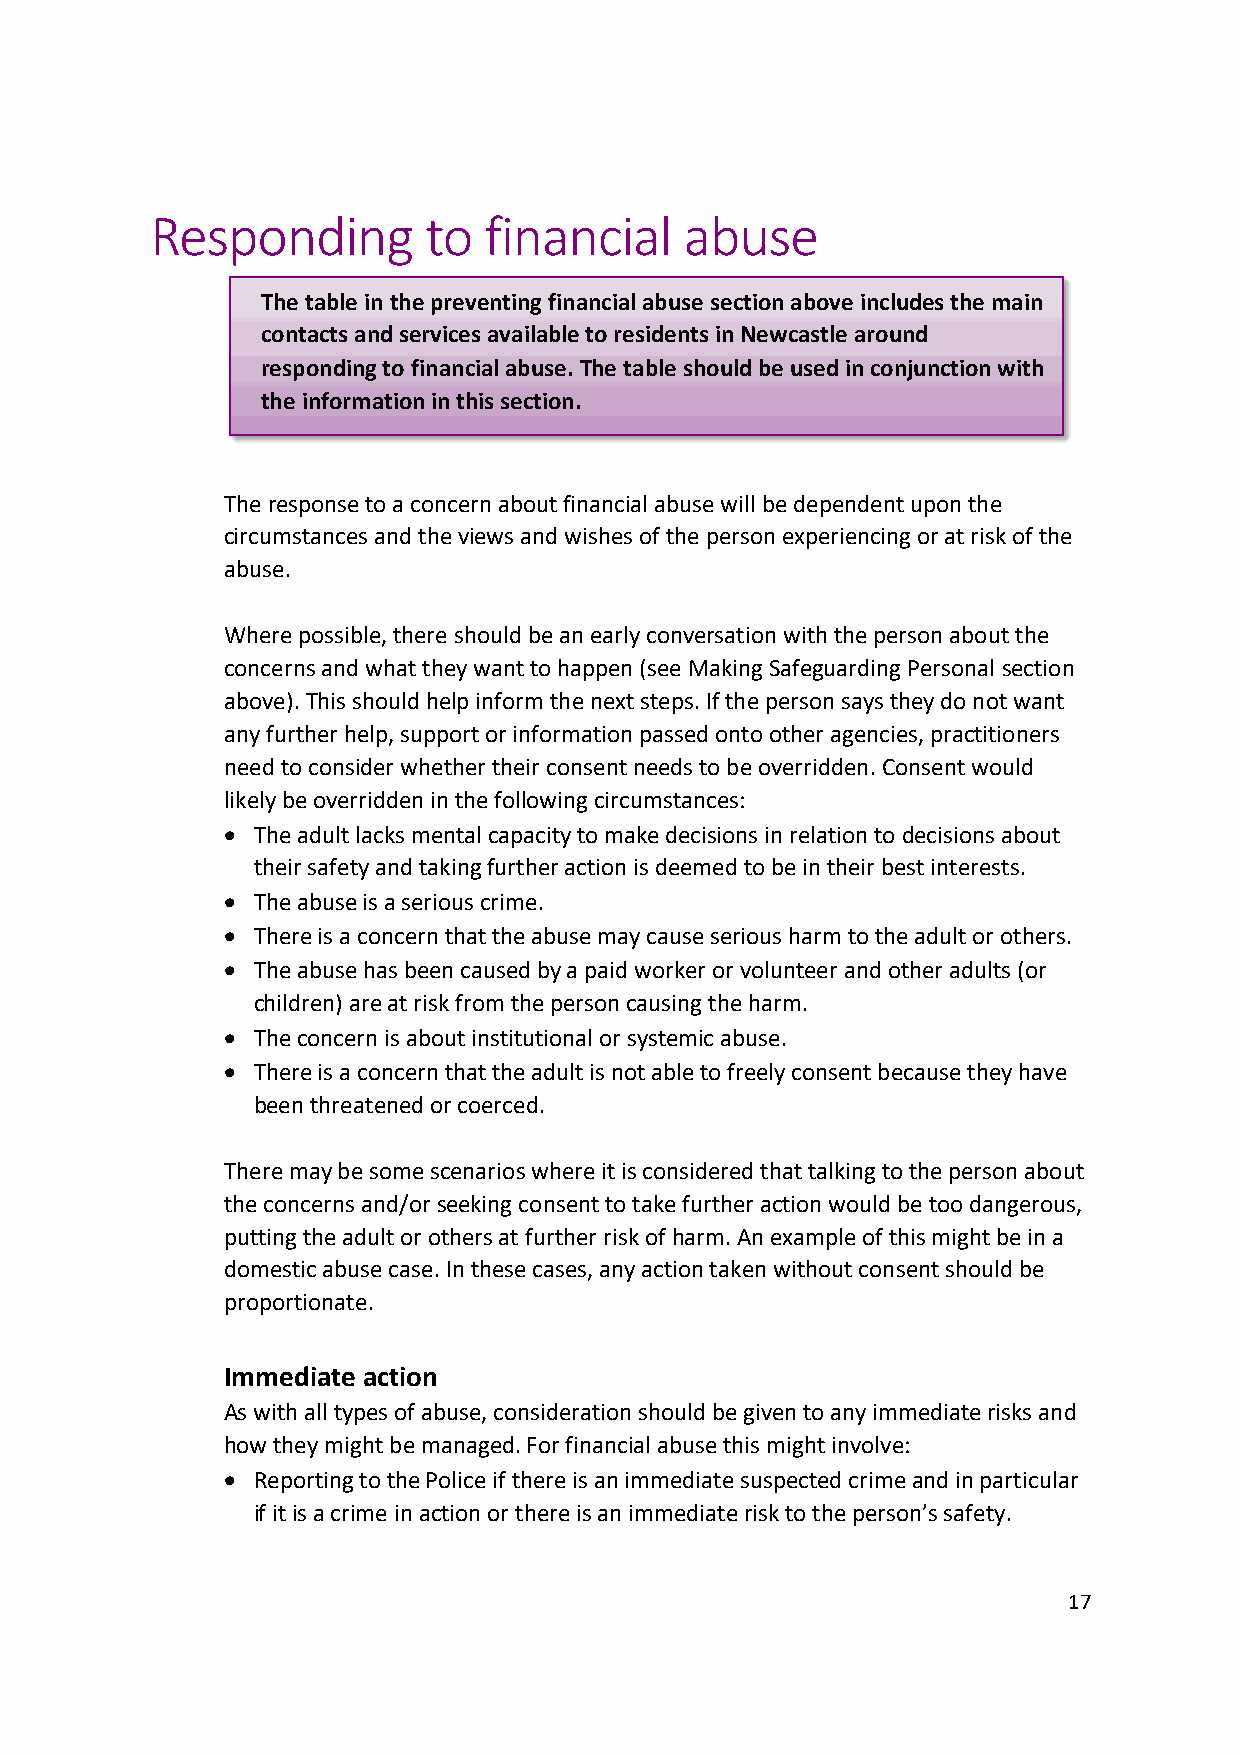
Responding        to  financial    abuse
 The table in the preventing financial abuse section above includes the main
 contacts and services available to residents in Newcastle around
 responding to financial abuse. The table should be used in conjunction with
 the information in this section.
 The response to a concern about financial abuse will be dependent upon the
 circumstances and the views and wishes of the person experiencing or at risk of the
 abuse.
 Where possible, there should be an early conversation with the person about the
 concerns and what they want to happen (see Making Safeguarding Personal section
 above). This should help inform the next steps. If the person says they do not want
 any further help, support or information passed onto other agencies, practitioners
 need to consider whether their consent needs to be overridden. Consent would
 likely be overridden in the following circumstances:
 • The adult lacks mental capacity to make decisions in relation to decisions about
 their safety and taking further action is deemed to be in their best interests.
 • The abuse is a serious crime.
 • There is a concern that the abuse may cause serious harm to the adult or others.
 • The abuse has been caused by a paid worker or volunteer and other adults (or
 children) are at risk from the person causing the harm.
 • The concern is about institutional or systemic abuse.
 • There is a concern that the adult is not able to freely consent because they have
 been threatened or coerced.
 There may be some scenarios where it is considered that talking to the person about
 the concerns and/or seeking consent to take further action would be too dangerous,
 putting the adult or others at further risk of harm. An example of this might be in a
 domestic abuse case. In these cases, any action taken without consent should be
 proportionate.
 Immediate action
 As with all types of abuse, consideration should be given to any immediate risks and
 how they might be managed. For financial abuse this might involve:
 • Reporting to the Police if there is an immediate suspected crime and in particular
 if it is a crime in action or there is an immediate risk to the person’s safety.
 17